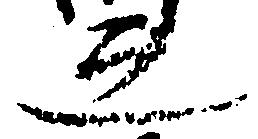
之